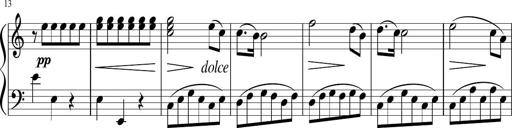
Title: 6 Progressive Sonatinas
Composer: Johann Anton AndrÃ©